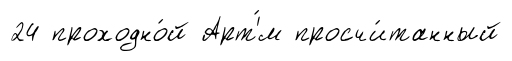
24 проходно́й Арт'́м просчи́танный